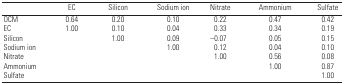
|  | EC | Silicon | Sodium ion | Nitrate | Ammonium | Sulfate |
 | --- | --- | --- | --- | --- | --- | --- |
 | OCM | 0.64 | 0.20 | 0.10 | 0.22 | 0.47 | 0.42 |
 | EC | 1.00 | 0.10 | 0.04 | 0.33 | 0.34 | 0.19 |
 | Silicon |  | 1.00 | 0.09 | –0.07 | 0.05 | 0.15 |
 | Sodium ion |  |  | 1.00 | 0.12 | 0.04 | 0.10 |
 | Nitrate |  |  |  | 1.00 | 0.56 | 0.08 |
 | Ammonium |  |  |  |  | 1.00 | 0.87 |
 | Sulfate |  |  |  |  |  | 1.00 |